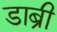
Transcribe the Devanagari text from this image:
डाब्री